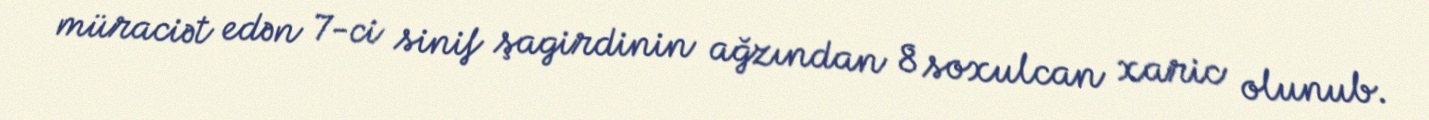
müraciət edən 7-ci sinif şagirdinin ağzından 8 soxulcan xaric olunub.